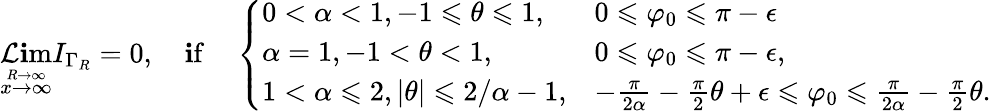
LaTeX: \operatorname*{\mathcal{L}\mathbf{i}m}_{\stackrel{R\to\infty}{x\to\infty}}I_{\Gamma_{R}}=0,\quad\mathrm{{\mathbf{i}f}}\quad\left\{ \begin{array}{ll}{0<\alpha<1,-1\leqslant\theta\leqslant 1,}&{0\leqslant\varphi_{0}\leqslant\pi-\epsilon}\\ {\alpha=1,-1<\theta<1,}&{0\leqslant\varphi_{0}\leqslant\pi-\epsilon,}\\ {1<\alpha\leqslant 2,|\theta|\leqslant 2/\alpha-1,}&{-\frac{\pi}{2\alpha}-\frac{\pi}{2}\theta+\epsilon\leqslant\varphi_{0}\leqslant\frac{\pi}{2\alpha}-\frac{\pi}{2}\theta.}\end{array}\right.